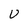
Character: U